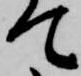
て